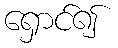
ရှောင်၍